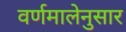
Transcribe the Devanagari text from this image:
वर्णमालेनुसार